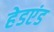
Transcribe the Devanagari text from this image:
हेडएंड